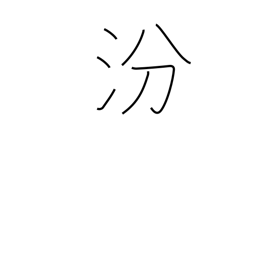
Meaning: name of a Chinese river